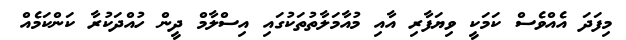
މިފަދަ އެއްވެސް ކަމަކީ ވިޔަފާރި އާއި މުއާމަލާތުތަކުގައި އިސްލާމް ދީން ހުއްދަކުރާ ކަންކަމެއް